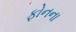
ફોનના